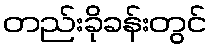
တည်းခိုခန်းတွင်